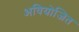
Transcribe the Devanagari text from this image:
अवियोजित